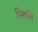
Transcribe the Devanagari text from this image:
पिराति